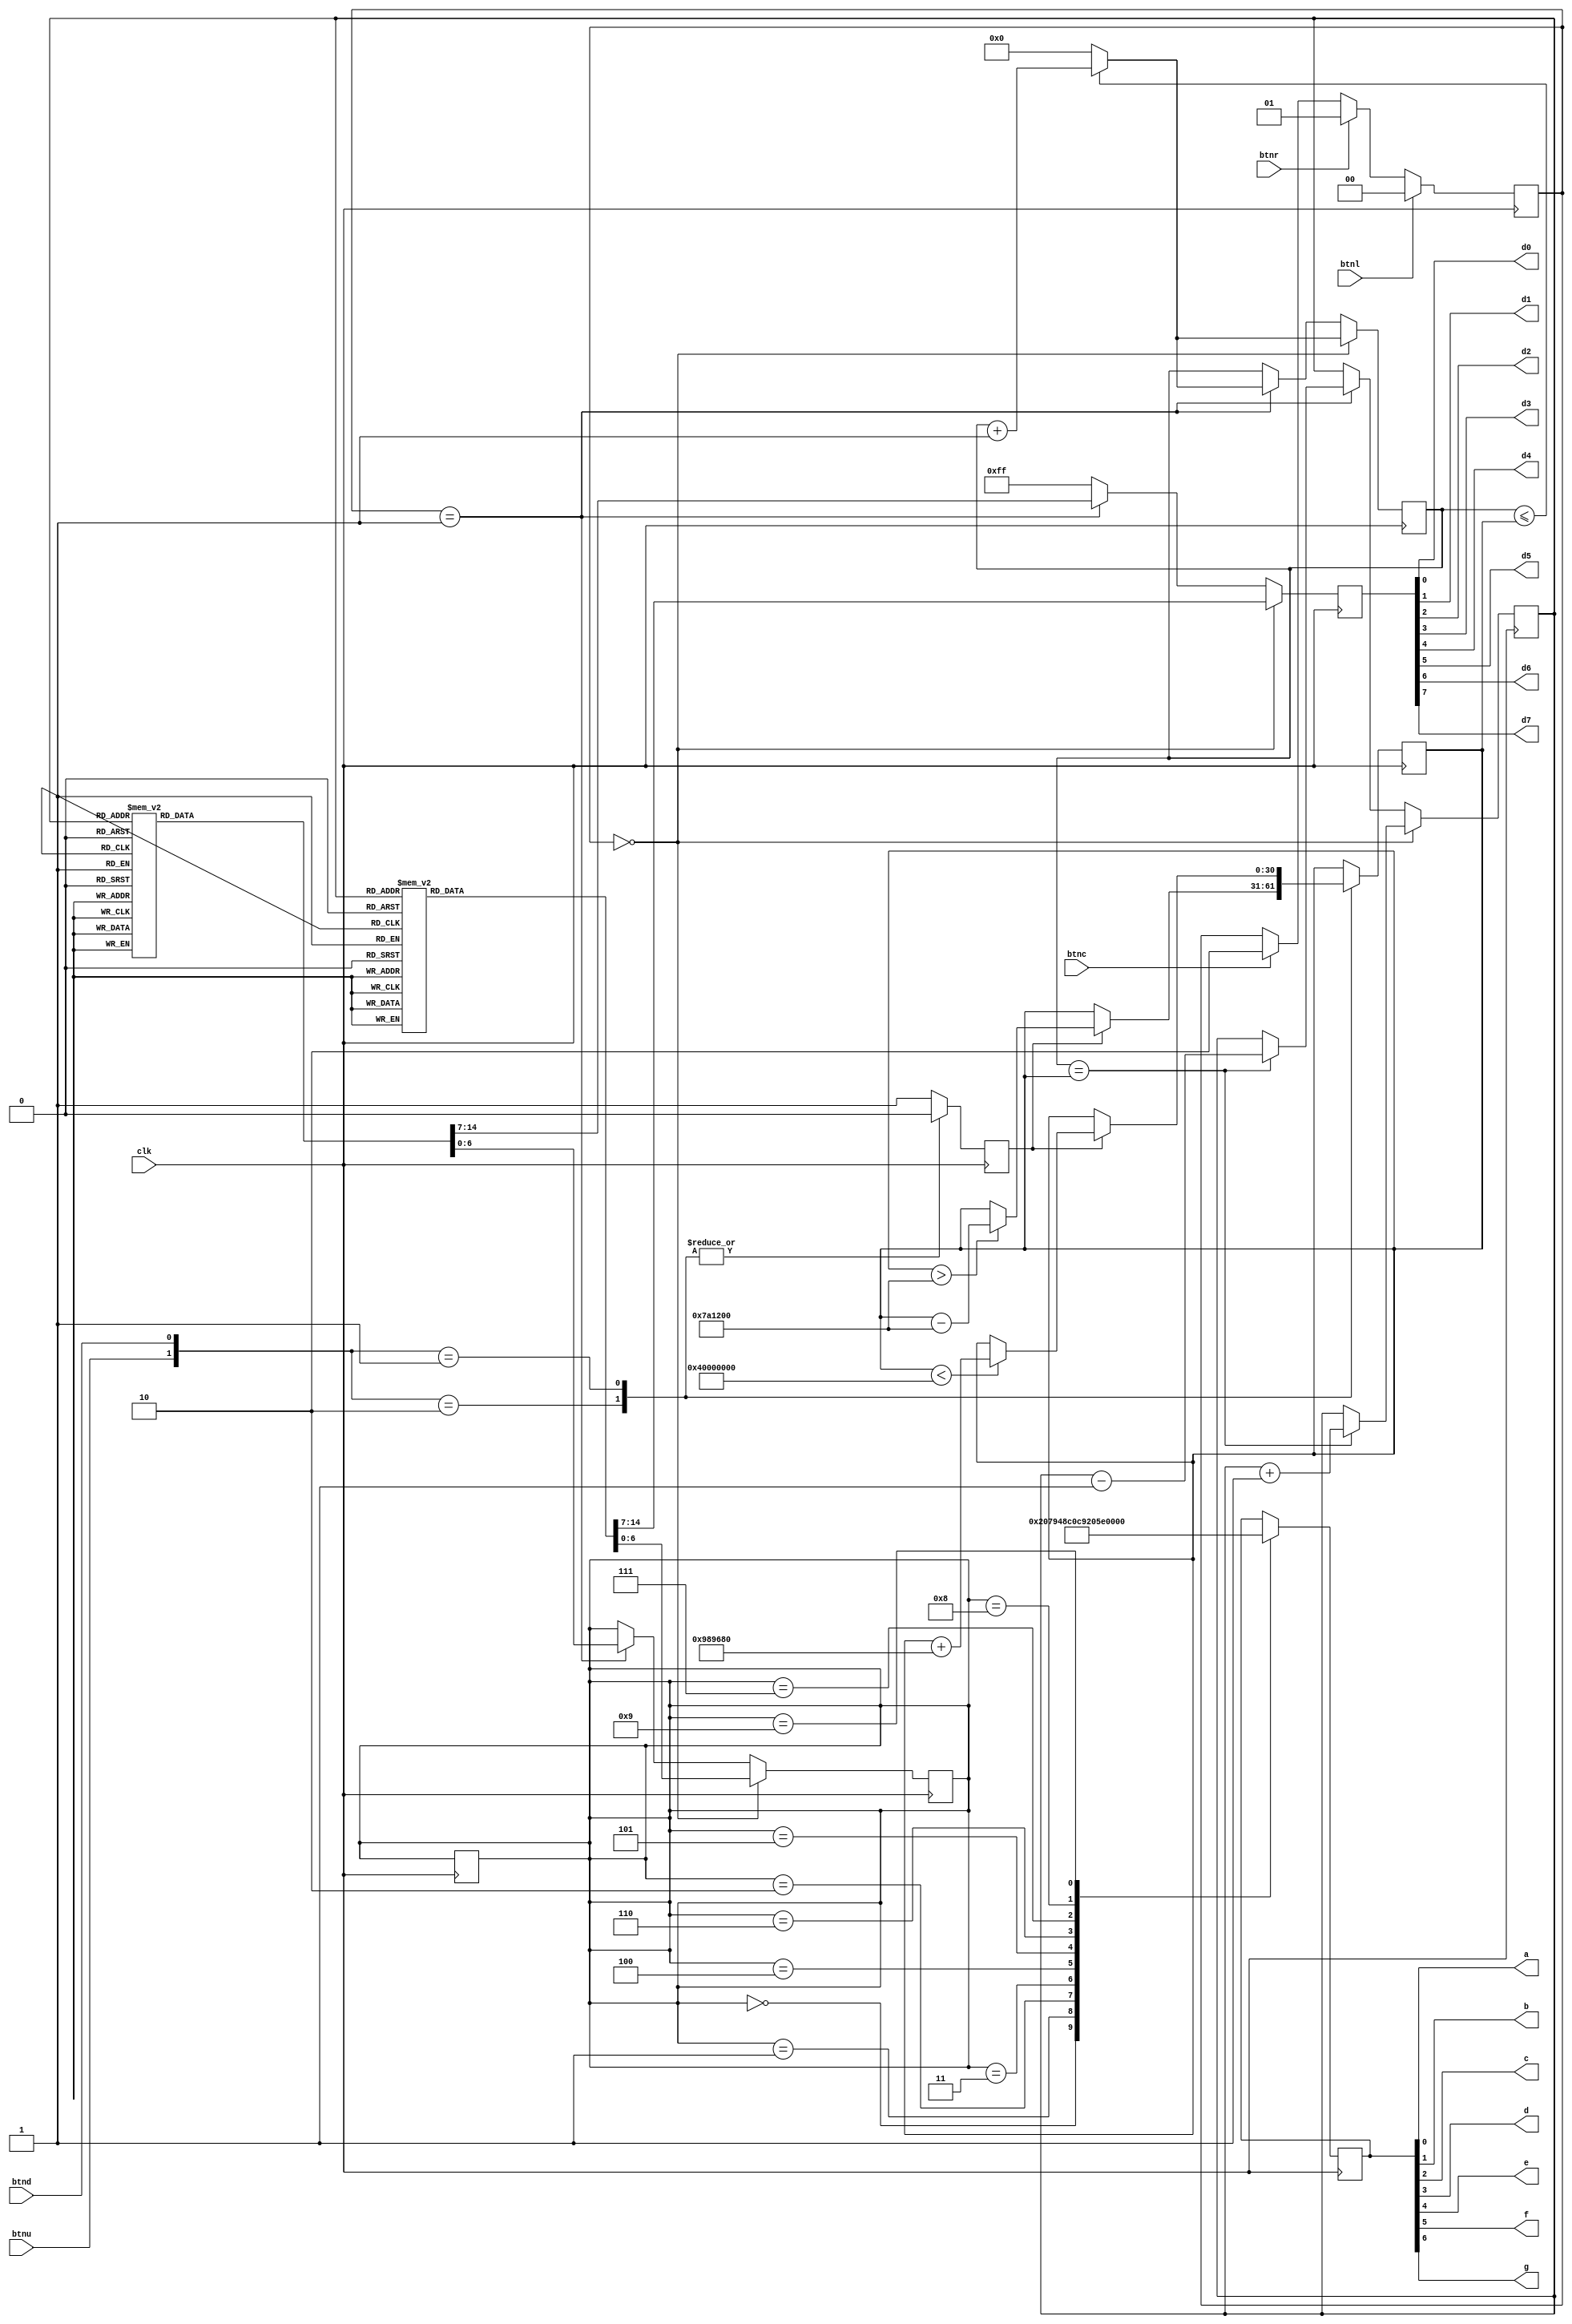
`timescale 1ns / 1ps
module Part2(
    input btnu, 
	 input btnl,
	 input btnc,
	 input btnr,
	 input btnd,
	 input clk,

	 output a,
	 output b,
	 output c,
	 output d,
    output e,
    output f,
    output g,
	 
    output d0,
    output d1,
    output d2,
    output d3,
    output d4,
    output d5,
    output d6,	 	 
    output d7
    );

reg [11:0] number;
reg [30:0] counter; 
reg [2:0] state;
reg [6:0] seg_number,seg_data;
reg [7:0] scan;
reg [30:0] freq;
reg [1:0] choose;
reg temp;
initial freq<=30'd60000000;

always@(posedge clk) begin
	if(btnl) choose <= 0;
	else if(btnr) choose <= 1;
	else if(btnc) choose <= 2;
	else choose <= choose;
end

always@(posedge clk) begin
	case({btnu, btnd}) 
		2'b10: begin
			if(temp)	freq<= (freq>8000000)?freq-30'd8000000:freq;
			temp = 0;
		end
		2'b01: begin
			if(temp)	freq<= (freq<1073741824)?freq+30'd10000000:freq;
			temp = 0;
		end
		default: temp=1;
	endcase
end

//87-segment 
assign {d7,d6,d5,d4,d3,d2,d1,d0} = scan;
always@(posedge clk) begin
	if(choose == 0) begin
		counter <=(counter<=freq) ? (counter +1) : 0;
		state <= (counter==freq) ? (state + 1) : state;
		case(state)
		7:begin	 
			seg_number <= 0;
			scan <= 8'b0111_1111;
		end
		6:begin
			seg_number <= 0;
			scan <= 8'b1011_1111;
		end
		5:begin
			seg_number <= 0;
			scan <= 8'b1101_1111;
		end
		4:begin
			seg_number <= 0;
			scan <= 8'b1110_1111;
		end
		3:begin
			seg_number <= 0;
			scan <= 8'b1111_0111;
		end
		2:begin
			seg_number <= 0;
			scan <= 8'b1111_1011;
		end
		1:begin
			seg_number <= 0;
			scan <= 8'b1111_1101;
		end
		0:begin
			seg_number <= 0;
			scan <= 8'b1111_1110;
		end
		default: state <= state;
		endcase  
  end
  else if(choose == 1) begin
		counter <=(counter<=freq) ? (counter +1) : 0;
		state <= (counter==freq) ? (state - 1) : state;
		case(state)
		7:begin	 
			seg_number <= 0;
			scan <= 8'b0111_1111;
		end
		6:begin
			seg_number <= 0;
			scan <= 8'b1011_1111;
		end
		5:begin
			seg_number <= 0;
			scan <= 8'b1101_1111;
		end
		4:begin
			seg_number <= 0;
			scan <= 8'b1110_1111;
		end
		3:begin
			seg_number <= 0;
			scan <= 8'b1111_0111;
		end
		2:begin
			seg_number <= 0;
			scan <= 8'b1111_1011;
		end
		1:begin
			seg_number <= 0;
			scan <= 8'b1111_1101;
		end
		0:begin
			seg_number <= 0;
			scan <= 8'b1111_1110;
		end
		default: state <= state;
		endcase  
  end
  else
		scan <= 8'b1111_1111;
end  

//7-segment XrX
assign {g,f,e,d,c,b,a} = seg_data; 
//assign {g,f,e,d} = 0; 
always@(posedge clk) begin  
  case(seg_number)
	16'd0:seg_data <= 7'b100_0000;
	16'd1:seg_data <= 7'b111_1001;
	16'd2:seg_data <= 7'b010_0100;
	16'd3:seg_data <= 7'b011_0000;
	16'd4:seg_data <= 7'b001_1001;
	16'd5:seg_data <= 7'b001_0010;
	16'd6:seg_data <= 7'b000_0010;
	16'd7:seg_data <= 7'b111_1000;
	16'd8:seg_data <= 7'b000_0000;
	16'd9:seg_data <= 7'b001_1000;
	default: seg_number <= seg_number;
  endcase
end 
endmodule